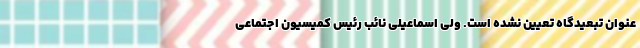
عنوان تبعیدگاه تعیین نشده است. ولی اسماعیلی نائب رئیس کمیسیون اجتماعی